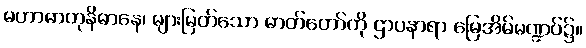
မဟာဓာတုနိဓာနေ၊ များမြတ်သော ဓာတ်တော်ကို ဌာပနာရာ မြေအိမ်မဏ္ဍပ်၌။